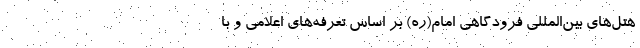
هتل‌های بین‌المللی فرودگاهی امام(ره) بر اساس تعرفه‌های اعلامی و با